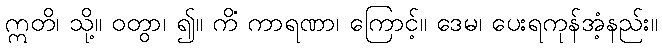
ဣတိ၊ သို့။ ဝတွာ၊ ၍။ ကိံ ကာရဏာ၊ ကြောင့်။ ဒေမ၊ ပေးရကုန်အံ့နည်း။